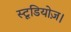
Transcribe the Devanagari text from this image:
स्टूडियोज़।